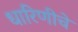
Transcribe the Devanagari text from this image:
धारिणीचे